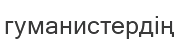
гуманистердің